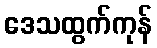
ဒေသထွက်ကုန်